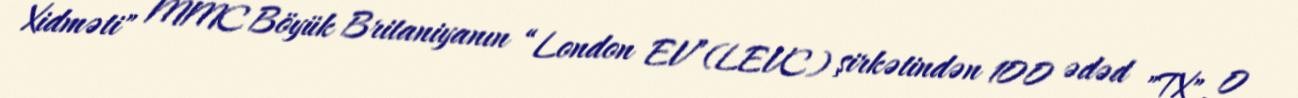
Xidməti" MMC Böyük Britaniyanın “London EV”(LEVC) şirkətindən 100 ədəd "TX", 0